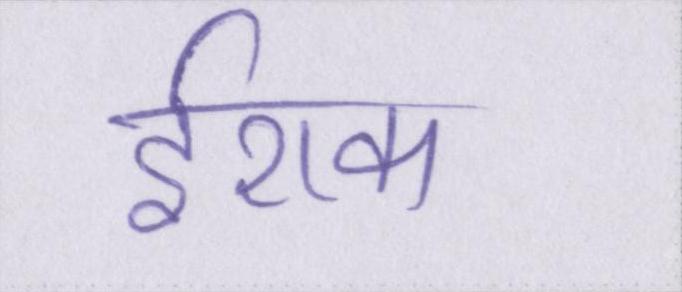
ईराक